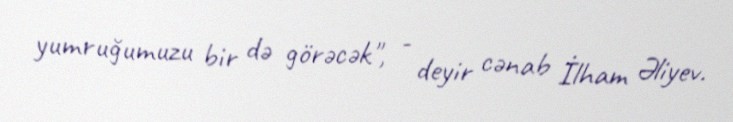
yumruğumuzu bir də görəcək", - deyir cənab İlham Əliyev.